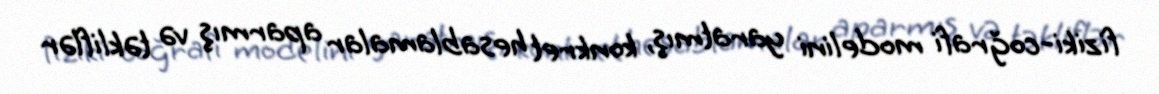
fiziki-coğrafi modelini yaratmış, konkret hesablamalar aparmış və təkliflər